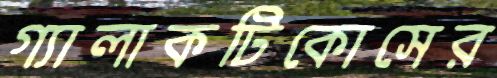
গ্যালাকটিকোসের